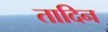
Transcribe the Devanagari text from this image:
तादिन